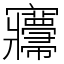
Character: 㝲